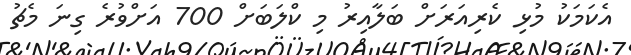
އެކަމަކު މުޅި ކެރިއަރަށް ބަލާއިރު މި ކްލަބަށް 700 އަށްވުރެ ގިނަ މެޗު